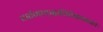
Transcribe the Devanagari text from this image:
दर्शनाद्भ्रान्तिकारकाः